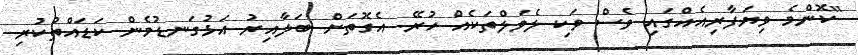
"ކޮންމެ ވިޔަފާރިއެއްގައި ވެސް ވަކި ލެވަލްތަކެއް ހުރޭ. އެގޮތަށް ބަލާއިރު އަޅުގަނޑުމެން ކަޑައްތުކުރި